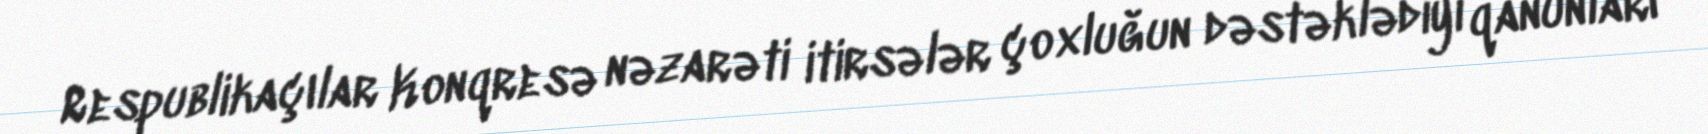
Respublikaçılar Konqresə nəzarəti itirsələr çoxluğun dəstəklədiyi qanunları